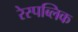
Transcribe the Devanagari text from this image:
रेस्पब्लिक